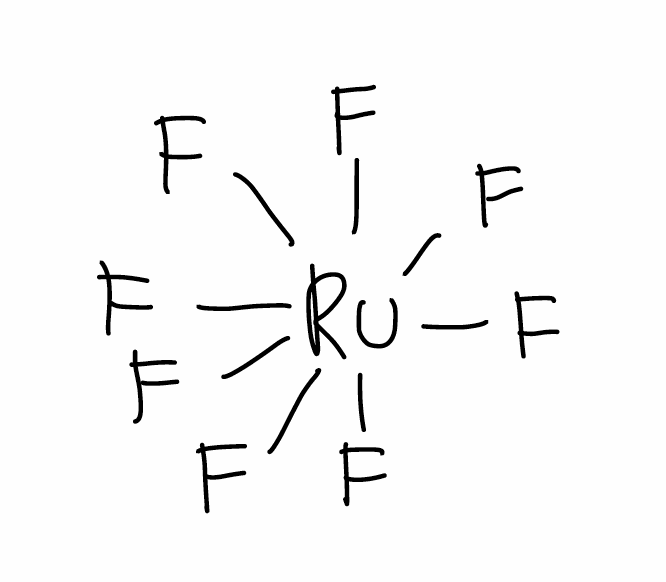
Simplified molecular-input line-entry system (SMILES) notation of the given molecule:
F[Ru](F)(F)(F)(F)(F)(F)F